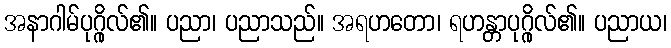
အနာဂါမ်ပုဂ္ဂိုလ်၏။ ပညာ၊ ပညာသည်။ အရဟတော၊ ရဟန္တာပုဂ္ဂိုလ်၏။ ပညာယ၊